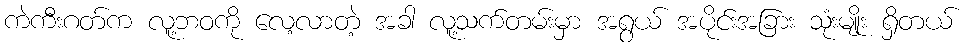
ကဲကီးဂတ်က လူ့ဘဝကို လေ့လာတဲ့ အခါ လူ့သက်တမ်းမှာ အရွယ် အပိုင်းအခြား သုံးမျိုး ရှိတယ်